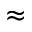
\approx